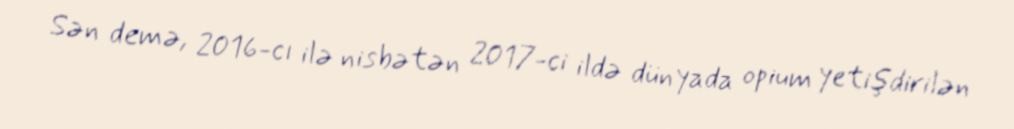
Sən demə, 2016-cı ilə nisbətən 2017-ci ildə dünyada opium yetişdirilən